Civil Veterinary Department. United Provinces 1912-22 - 1912-1922
Year: 1912
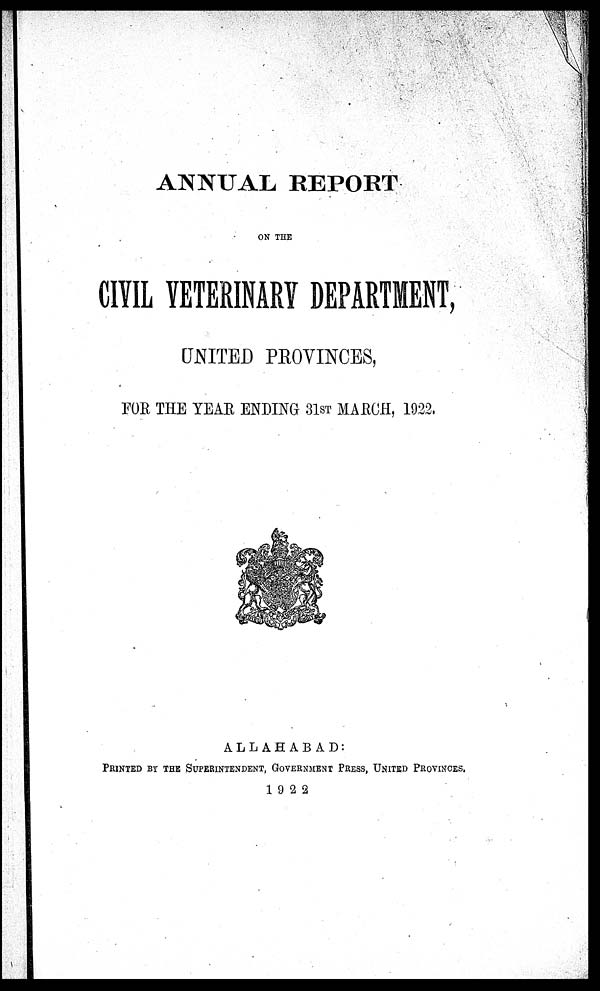
ANNUAL REPORT
ON THE
CIVIL VETERINARY DEPARTMENT,
UNITED PROVINCES,
FOR THE YEAR ENDING 31st MARCH, 1922.
ALLAHABAD:
PRINTED BY THE SUPERINTENDENT, GOVERNMENT PRESS
1922